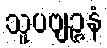
သူပဗျဉ္ဇနံ